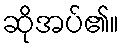
ဆိုအပ်၏။